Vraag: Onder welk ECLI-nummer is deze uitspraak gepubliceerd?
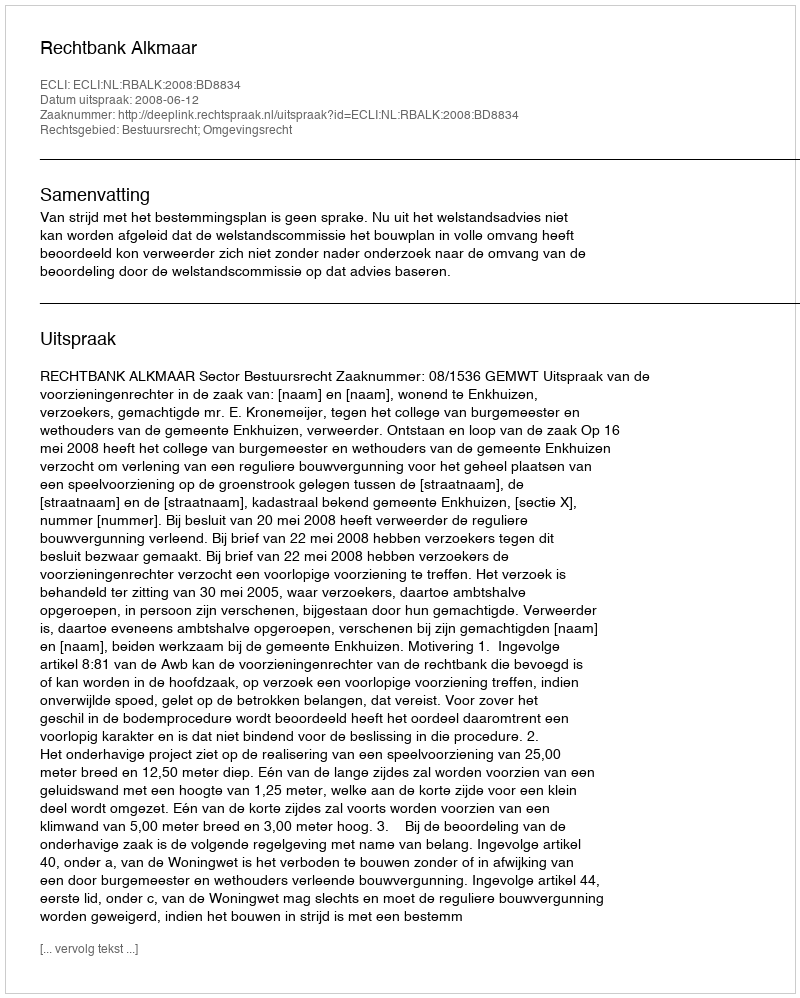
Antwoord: ECLI:NL:RBALK:2008:BD8834